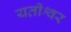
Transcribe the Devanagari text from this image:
यतीश्वर